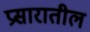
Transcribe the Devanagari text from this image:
प्रसारातील